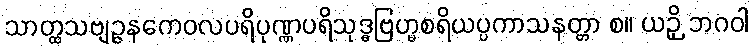
သာတ္ထသဗျဉ္ဇနကေဝလပရိပုဏ္ဏပရိသုဒ္ဓဗြဟ္မစရိယပ္ပကာသနတ္တာ စ။ ယဉှိ ဘဂဝါ